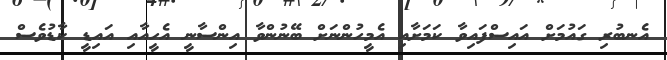
އެނބުރި ގައުމަށް އައިސްފައިވާ ކަމަށާއި އެމީހުންނަށް ބޭނުންވާ އިންސާނީ އެހީއާާއި އައިޑީ ކާޑުވެސް